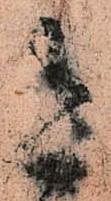
今